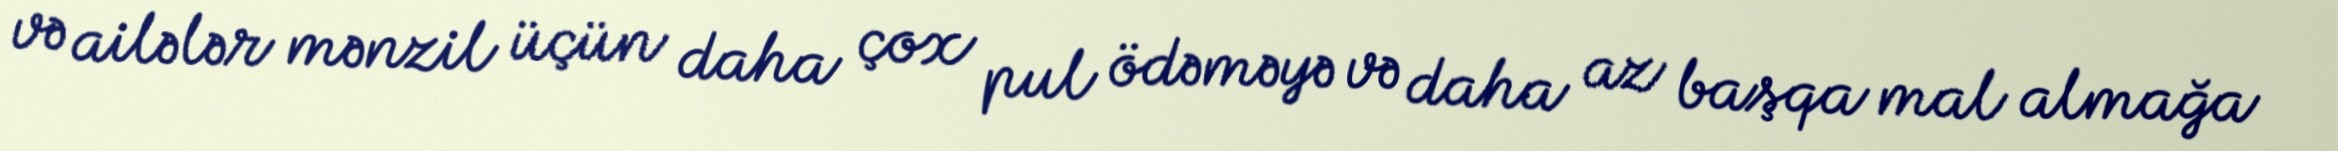
və ailələr mənzil üçün daha çox pul ödəməyə və daha az başqa mal almağa